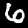
Digit: 6